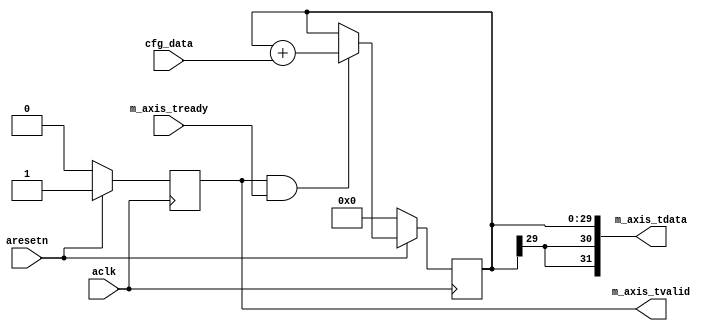
module axis_phase_generator #
(
  parameter integer AXIS_TDATA_WIDTH = 32,
  parameter integer PHASE_WIDTH = 30
)
(
  input  wire                        aclk,
  input  wire                        aresetn,
  input  wire [PHASE_WIDTH-1:0]      cfg_data,
  input  wire                        m_axis_tready,
  output wire [AXIS_TDATA_WIDTH-1:0] m_axis_tdata,
  output wire                        m_axis_tvalid
);
  reg [PHASE_WIDTH-1:0] int_cntr_reg = 0, int_cntr_next;
  reg int_enbl_reg = 1'b0, int_enbl_next;
  always @(posedge aclk)
  begin
    if(~aresetn)
    begin
      int_cntr_reg <= {(PHASE_WIDTH){1'b0}};
      int_enbl_reg <= 1'b0;
    end
    else
    begin
      int_cntr_reg <= int_cntr_next;
      int_enbl_reg <= int_enbl_next;
    end
  end
  always @*
  begin
    int_cntr_next = int_cntr_reg;
    int_enbl_next = int_enbl_reg;
    if(~int_enbl_reg)
    begin
      int_enbl_next = 1'b1;
    end
    if(int_enbl_reg & m_axis_tready)
    begin
      int_cntr_next = int_cntr_reg + cfg_data;
    end
  end
  assign m_axis_tdata = {{(AXIS_TDATA_WIDTH-PHASE_WIDTH){int_cntr_reg[PHASE_WIDTH-1]}}, int_cntr_reg};
  assign m_axis_tvalid = int_enbl_reg;
endmodule